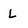
Character: L